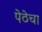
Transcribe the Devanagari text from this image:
पेठेचा